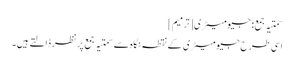
سمتیہ جمع: جیومیٹری[ترمیم]
اسی طرح جیومیٹری کے نقطہ نگاہ سے سمتیہ جمع پر نظر ڈالتے ہیں۔